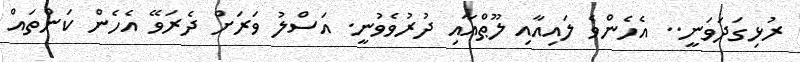
ރުޅިގަދަވަނީ.. އެހެންވެ ލައިއާއި ލޫޠްއާއި ދުރުވެވުނީ. އަސްލު ވަރަށް ދެރަވޭ އެހެން ކަންތައް